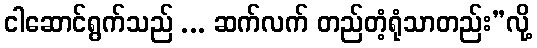
ငါဆောင်ရွက်သည် ... ဆက်လက် တည်တံ့ရုံသာတည်း”လို့